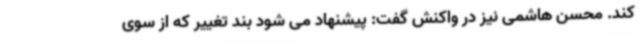
کند. محسن هاشمی نیز در واکنش گفت: پیشنهاد می شود بند تغییر که از سوی